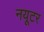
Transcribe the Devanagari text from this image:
नयूटर